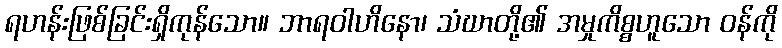
ရဟန်းဖြစ်ခြင်းရှိကုန်သော။ ဘာရဝါဟိနော၊ သံဃာတို့၏ အမှုကိစ္စဟူသော ဝန်ကို